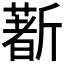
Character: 𣃈